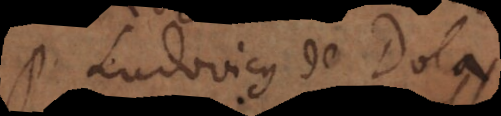
. Ludovicus de Dola